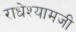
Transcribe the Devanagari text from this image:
राधेश्यामजी